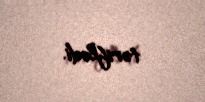
təriflədi.